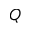
Q